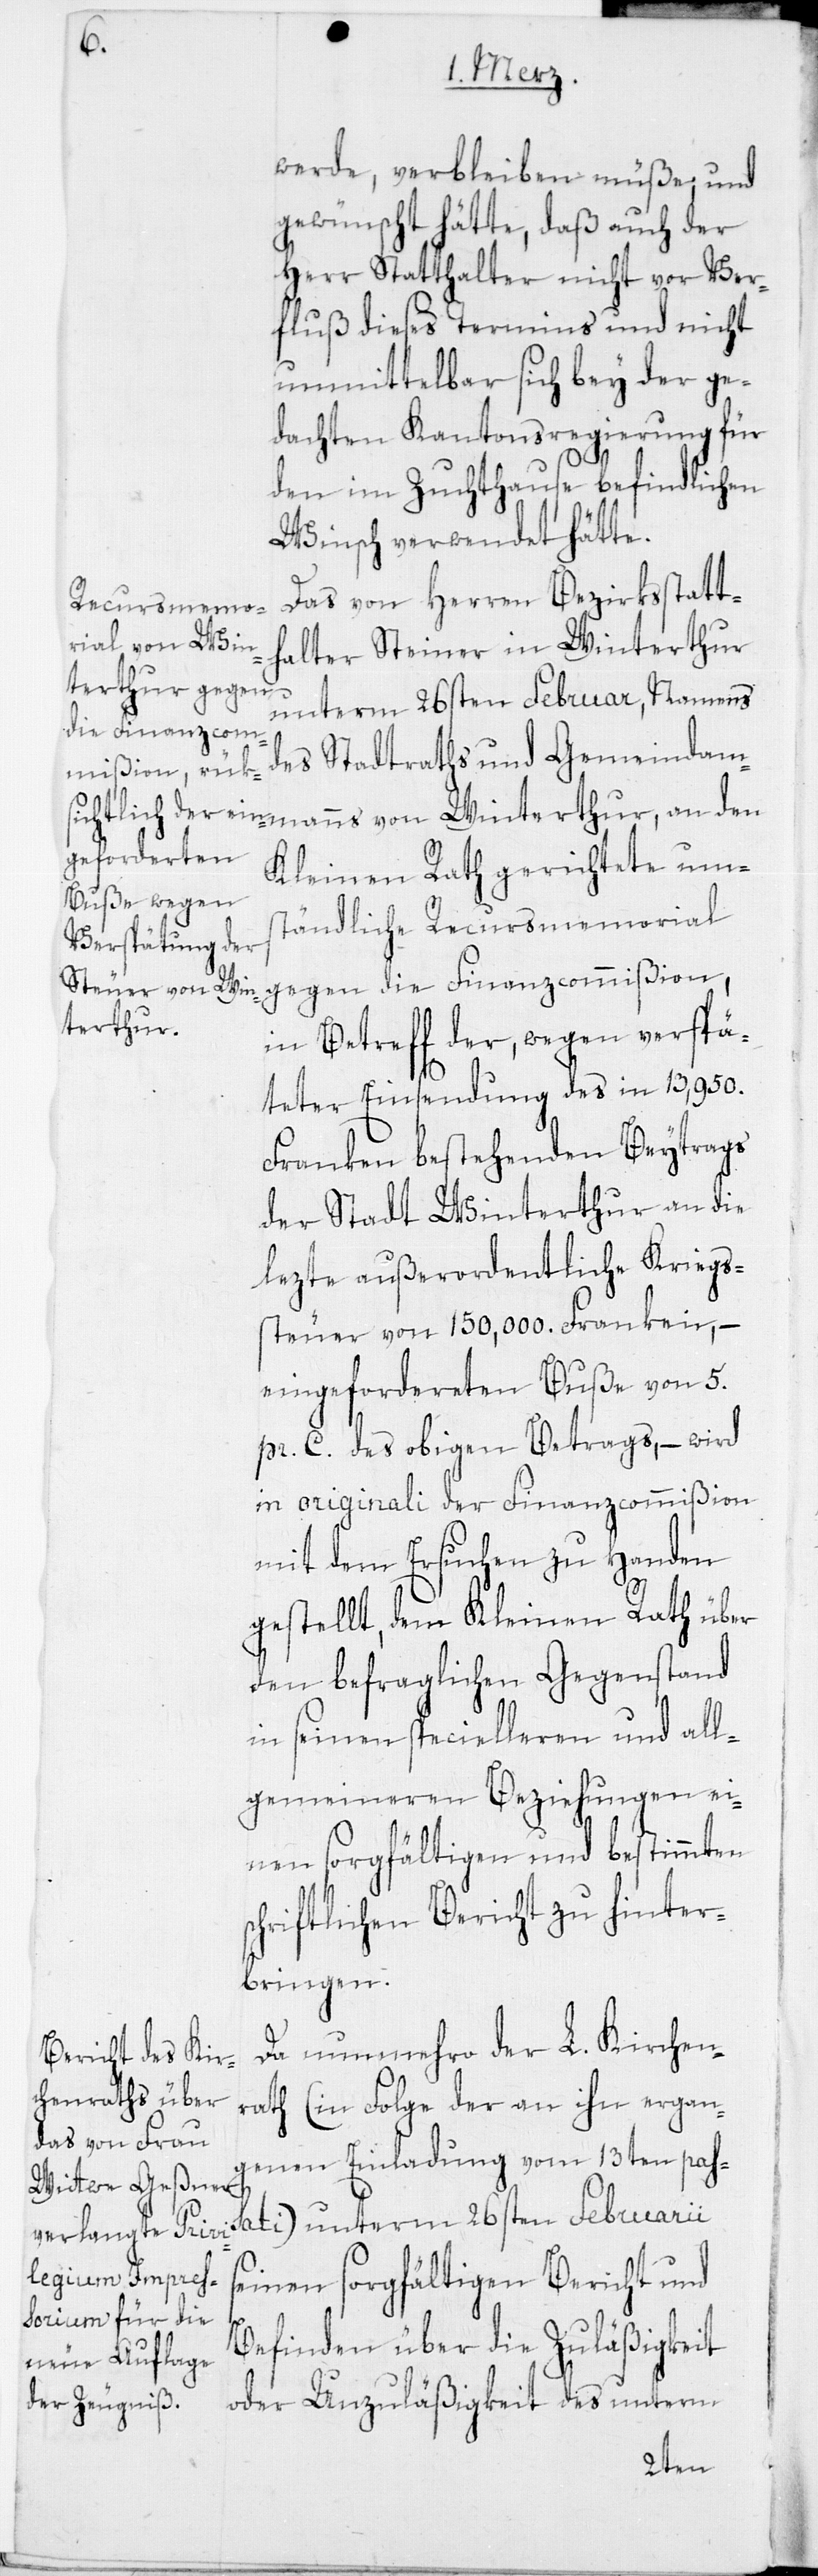
s¬

werde, verbleiben müße; und
gewünscht hätte, daß auch der
Herr Statthalter nicht vor Ver¬
fluß dieses Termins und nicht
unmittelbar sich bey der ge¬
dachten Cantonsregierung für
den im Zuchthause befindlichen
Winsch verwendet hätte.
Das von Herren Bezirksstatt¬
manns von Win¬
halter Steiner in Winterthur
unterm 26sten Februar, Namens
die Finanzcom¬
des Stadtraths und Gemeindam¬
mißion, i¬
Kleinen Rath gerichtete ums¬
tändliche Recursmemorial
terthur,
n Betreff der, wegen verspä¬
teter Einsendung des in 13,950.
Franken bestehenden Beytrags
der Stadt Winterthur an die
lezte außerordentliche Kriegs¬
steuer von 150,000. Franken, –
eingefordereten Buße von 5.
pr. C. des obigen Betrags, – wird
in originali der Finanzcommißion
mit dem Ersuchen zu Handen
gestellt, dem Kleinen Rath über
den befraglichen Gegenstand
in seinen specielleren und all¬
gemeineren Beziehungen ei¬
nen sorgfältigen und bestimmten
chriftlichen Bericht zu hinter¬
bringen.
Da nunmehro der L. Kirchen¬
rath (in Folge der an ihn ergang¬
enen Einladung vom 13ten pass¬
ati) unterm 26sten Februarii
einen sorgfältigen Bericht und
Befinden über die Zuläßigkeit
oder Unzuläßigkeit des unterm
gegen